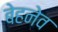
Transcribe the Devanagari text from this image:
बेहनेव